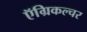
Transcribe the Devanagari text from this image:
ऍग्रिकल्चर